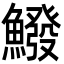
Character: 鱍